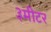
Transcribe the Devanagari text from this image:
३मीटर